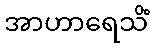
အာဟာရေသိံ